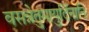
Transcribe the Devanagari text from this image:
वसन्नेतुमायुर्दिनानि